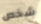
شخص